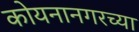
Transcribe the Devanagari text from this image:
कोयनानगरच्या